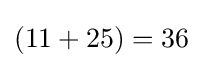
(11+25)=36